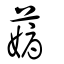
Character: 薅